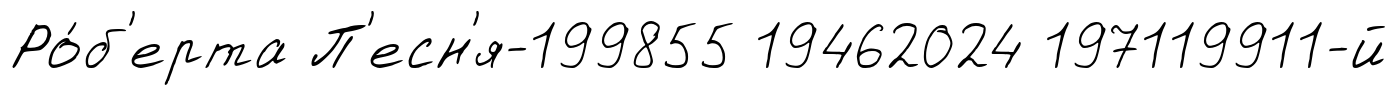
Ро́б'ерта П'есн'я-199855 19462024 197119911-й